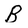
Character: B